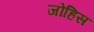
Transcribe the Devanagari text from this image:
जोहिस